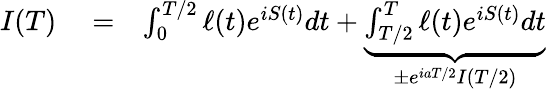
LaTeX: \begin{array}{rlr}{I(T)}&{{}=}&{\int_{0}^{T/2}\ell(t)e^{iS(t)}dt+\underbrace{\int_{T/2}^{T}\ell(t)e^{iS(t)}dt}_{\pm e^{iaT/2}I(T/2)}}\end{array}